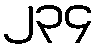
၂၃၄